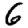
Digit: 6